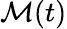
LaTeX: \mathcal{M}(t)